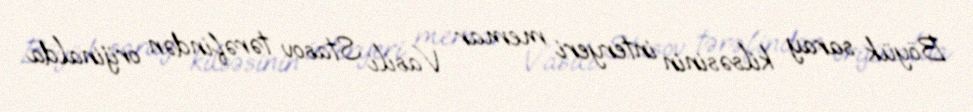
Böyük saray kilsəsinin interyeri memar Vasili Stasov tərəfindən orijinalda